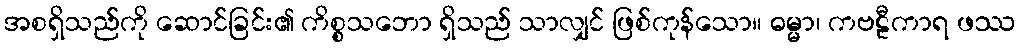
အစရှိသည်ကို ဆောင်ခြင်း၏ ကိစ္စသဘော ရှိသည် သာလျှင် ဖြစ်ကုန်သော။ ဓမ္မာ၊ ကဗဠီကာရ ဖဿ